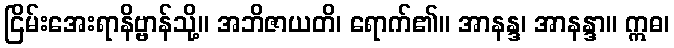
ငြိမ်းအေးရာနိဗ္ဗာန်သို့။ အဘိဇာယတိ၊ ရောက်၏။ အာနန္ဒ၊ အာနန္ဒာ။ ဣဓ၊